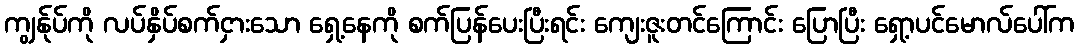
ကျွန်ုပ်ကို လပ်နှိပ်စက်ငှားသော ရှေ့နေကို စက်ပြန်ပေးပြီးရင်း ကျေးဇူးတင်ကြောင်း ပြောပြီး ရှော့ပင်မောလ်ပေါ်က